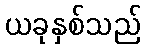
ယခုနှစ်သည်